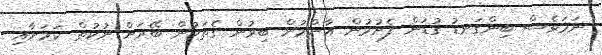
ނަމަވެސް ބިންގަނޑު ގުޑަން ފެށުމުން އާންމުން ބިރުން ގެތަކުން ބޭރަށް ނުކުތް ކަމަށާއި